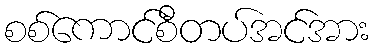
စစ်ကောင်စီတပ်အင်အား